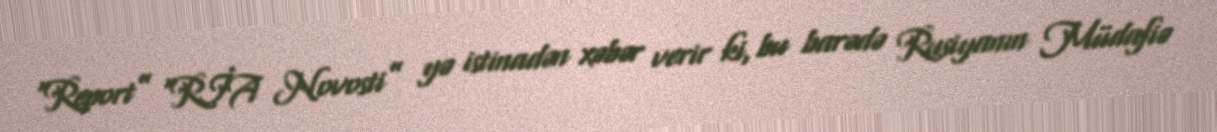
“Report” “RİA Novosti” yə istinadən xəbər verir ki, bu barədə Rusiyanın Müdafiə